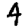
Digit: 4